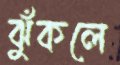
ঝুঁকলে